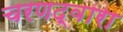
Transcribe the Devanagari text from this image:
चरणद्वारा